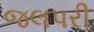
જલપરી